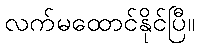
လက်မထောင်နိုင်ပြီ။